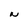
Character: N